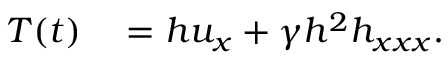
\begin{array} { r l } { T ( t ) } & { { } = h u _ { x } + \gamma h ^ { 2 } h _ { x x x } . } \end{array}